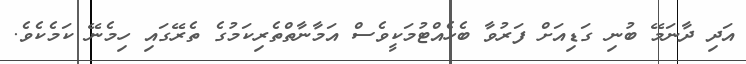
އަދި ދާނަމޭ ބުނި ގަޑިއަށް ފަރުވާ ބެހެއްޓުމަކީވެސް އަމާނާތްތެރިކަމުގެ ތެރޭގައި ހިމެނޭ ކަމެކެވެ.